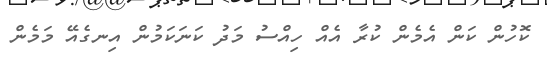
ކޮހުން ކަން އެމެން ކުރާ އެއް ހިއްސު މަދު ކަނަކަމުން އިނގެއޭ މަމެން